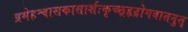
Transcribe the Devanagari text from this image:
प्रमेहश्वासकासार्शःकृच्छ्रहृद्रोगवातनुत्